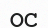
ОС